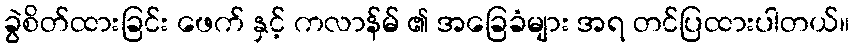
ခွဲစိတ်ထားခြင်း ဖေက် နှင့် ကလာန်မ် ၏ အခြေခံများ အရ တင်ပြထားပါတယ်။